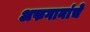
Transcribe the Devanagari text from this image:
अफगानांचे